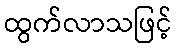
ထွက်လာသဖြင့်